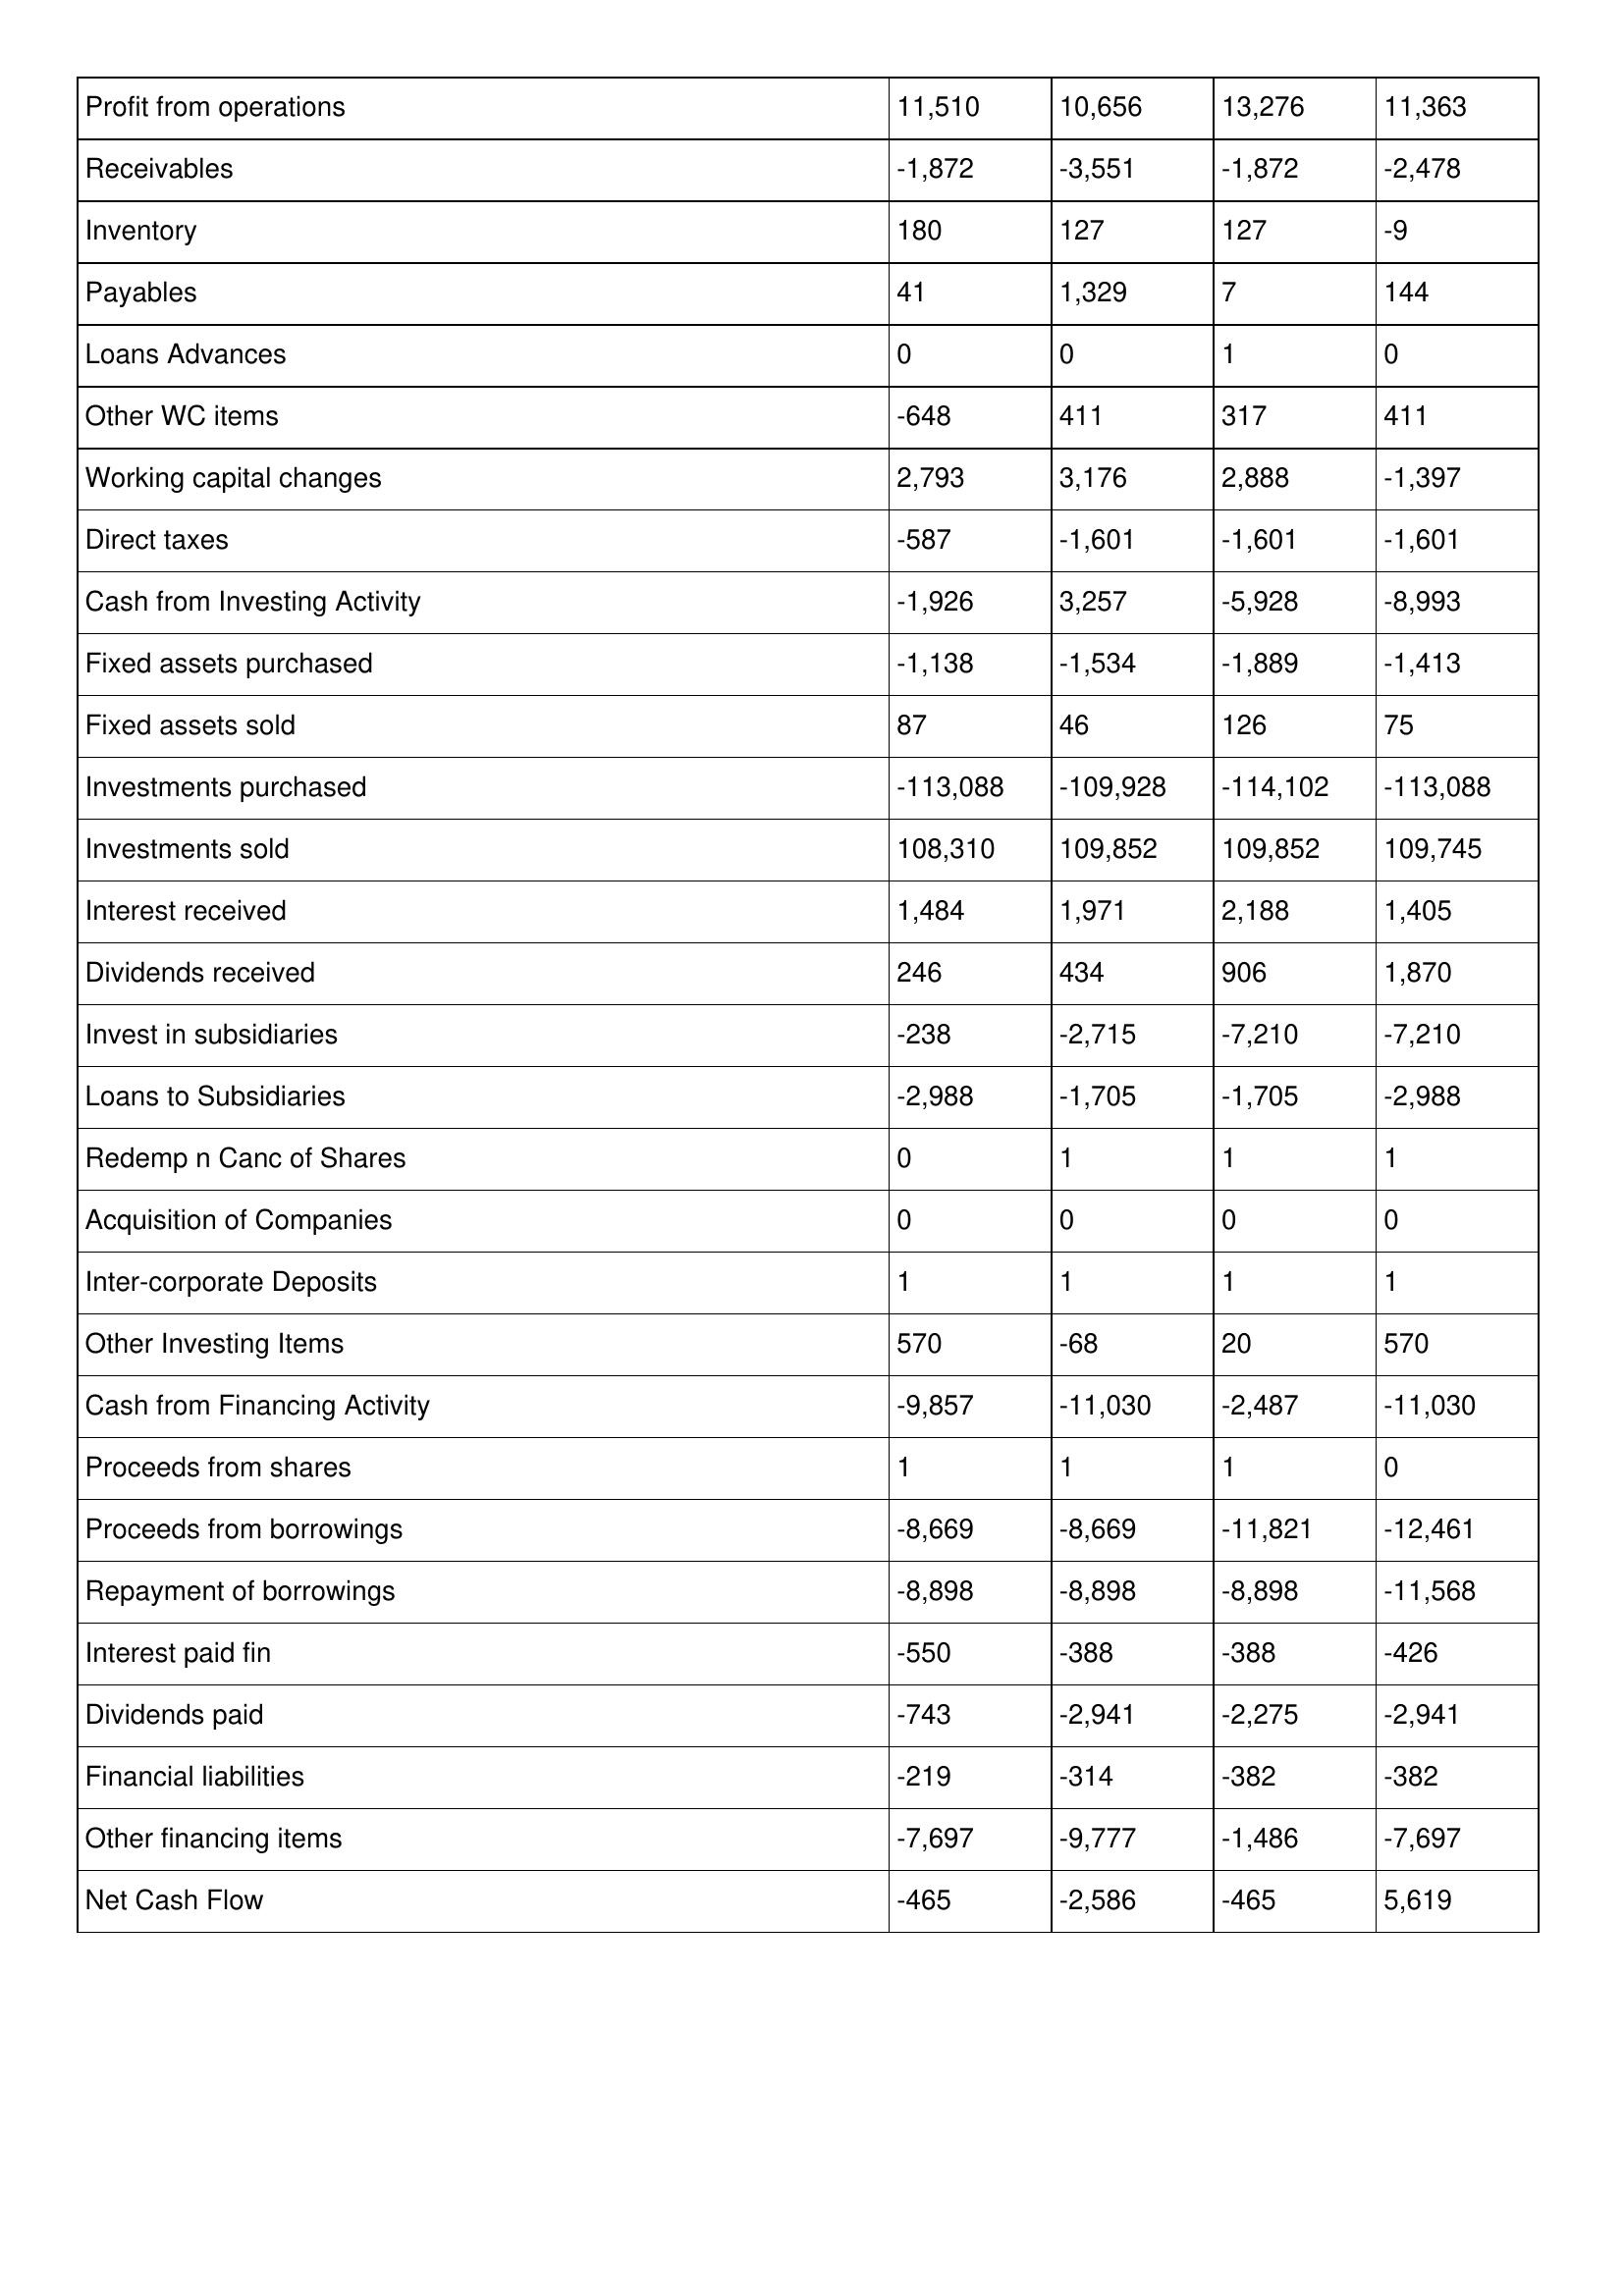
gt_parse: 1999: Cash Flows: Profit from operations: 11,510
Receivables: -1,872
Inventory: 180
Payables: 41
Loans Advances: 0
Other WC items: -648
Working capital changes: 2,793
Direct taxes: -587
Cash from Investing Activity: -1,926
Fixed assets purchased: -1,138
Fixed assets sold: 87
Investments purchased: -113,088
Investments sold: 108,310
Interest received: 1,484
Dividends received: 246
Invest in subsidiaries: -238
Loans to Subsidiaries: -2,988
Redemp n Canc of Shares: 0
Acquisition of Companies: 0
Inter-corporate Deposits: 1
Other Investing Items: 570
Cash from Financing Activity: -9,857
Proceeds from shares: 1
Proceeds from borrowings: -8,669
Repayment of borrowings: -8,898
Interest paid fin: -550
Dividends paid: -743
Financial liabilities: -219
Other financing items: -7,697
Net Cash Flow: -465
1998: Cash Flows: Profit from operations: 10,656
Receivables: -3,551
Inventory: 127
Payables: 1,329
Loans Advances: 0
Other WC items: 411
Working capital changes: 3,176
Direct taxes: -1,601
Cash from Investing Activity: 3,257
Fixed assets purchased: -1,534
Fixed assets sold: 46
Investments purchased: -109,928
Investments sold: 109,852
Interest received: 1,971
Dividends received: 434
Invest in subsidiaries: -2,715
Loans to Subsidiaries: -1,705
Redemp n Canc of Shares: 1
Acquisition of Companies: 0
Inter-corporate Deposits: 1
Other Investing Items: -68
Cash from Financing Activity: -11,030
Proceeds from shares: 1
Proceeds from borrowings: -8,669
Repayment of borrowings: -8,898
Interest paid fin: -388
Dividends paid: -2,941
Financial liabilities: -314
Other financing items: -9,777
Net Cash Flow: -2,586
1997: Cash Flows: Profit from operations: 13,276
Receivables: -1,872
Inventory: 127
Payables: 7
Loans Advances: 1
Other WC items: 317
Working capital changes: 2,888
Direct taxes: -1,601
Cash from Investing Activity: -5,928
Fixed assets purchased: -1,889
Fixed assets sold: 126
Investments purchased: -114,102
Investments sold: 109,852
Interest received: 2,188
Dividends received: 906
Invest in subsidiaries: -7,210
Loans to Subsidiaries: -1,705
Redemp n Canc of Shares: 1
Acquisition of Companies: 0
Inter-corporate Deposits: 1
Other Investing Items: 20
Cash from Financing Activity: -2,487
Proceeds from shares: 1
Proceeds from borrowings: -11,821
Repayment of borrowings: -8,898
Interest paid fin: -388
Dividends paid: -2,275
Financial liabilities: -382
Other financing items: -1,486
Net Cash Flow: -465
1996: Cash Flows: Profit from operations: 11,363
Receivables: -2,478
Inventory: -9
Payables: 144
Loans Advances: 0
Other WC items: 411
Working capital changes: -1,397
Direct taxes: -1,601
Cash from Investing Activity: -8,993
Fixed assets purchased: -1,413
Fixed assets sold: 75
Investments purchased: -113,088
Investments sold: 109,745
Interest received: 1,405
Dividends received: 1,870
Invest in subsidiaries: -7,210
Loans to Subsidiaries: -2,988
Redemp n Canc of Shares: 1
Acquisition of Companies: 0
Inter-corporate Deposits: 1
Other Investing Items: 570
Cash from Financing Activity: -11,030
Proceeds from shares: 0
Proceeds from borrowings: -12,461
Repayment of borrowings: -11,568
Interest paid fin: -426
Dividends paid: -2,941
Financial liabilities: -382
Other financing items: -7,697
Net Cash Flow: 5,619